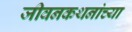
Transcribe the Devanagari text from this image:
जीवनकथनांच्या